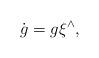
LaTeX: \begin{align*}\dot{g} = g \xi^\wedge, \end{align*}